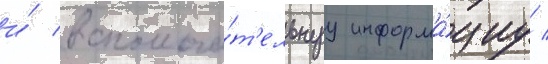
и́ вспомога́т'ельнуу информа́циу /